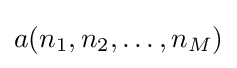
a(n_{1},n_{2},\ldots ,n_{M})